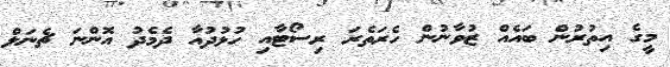
މީގެ އިތުރުން ބައެއް ޒުވާނުން ހެރަތެރަ ރިސޯޓާއި ހުޅުދުއާ ދެމެދު އޮންނަ ޗެނަލް